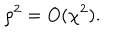
\rho ^ { 2 } = O ( \chi ^ { 2 } ) .